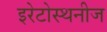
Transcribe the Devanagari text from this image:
इरेटोस्थनीज